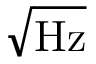
\sqrt \mathrm { H z }